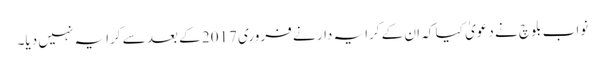
نواب بلوچ نے دعویٰ کیا کہ ان کے کرایہ دار نے فروری 2017 کے بعد سے کرایہ نہیں دیا۔